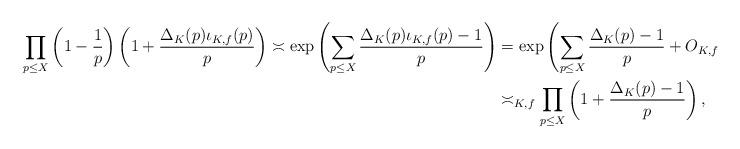
LaTeX: \begin{align*}\prod_{p \leq X} \left(1-\frac{1}{p}\right)\left(1+\frac{\Delta_K(p)\iota_{K,f}(p)}{p}\right) \asymp \exp\left(\sum_{p \leq X} \frac{\Delta_K(p)\iota_{K,f}(p)-1}{p}\right) &= \exp\left(\sum_{p \leq X} \frac{\Delta_K(p)-1}{p} + O_{K,f}(1)\right) \\&\asymp_{K,f} \prod_{p \leq X} \left(1+\frac{\Delta_K(p)-1}{p}\right),\end{align*}